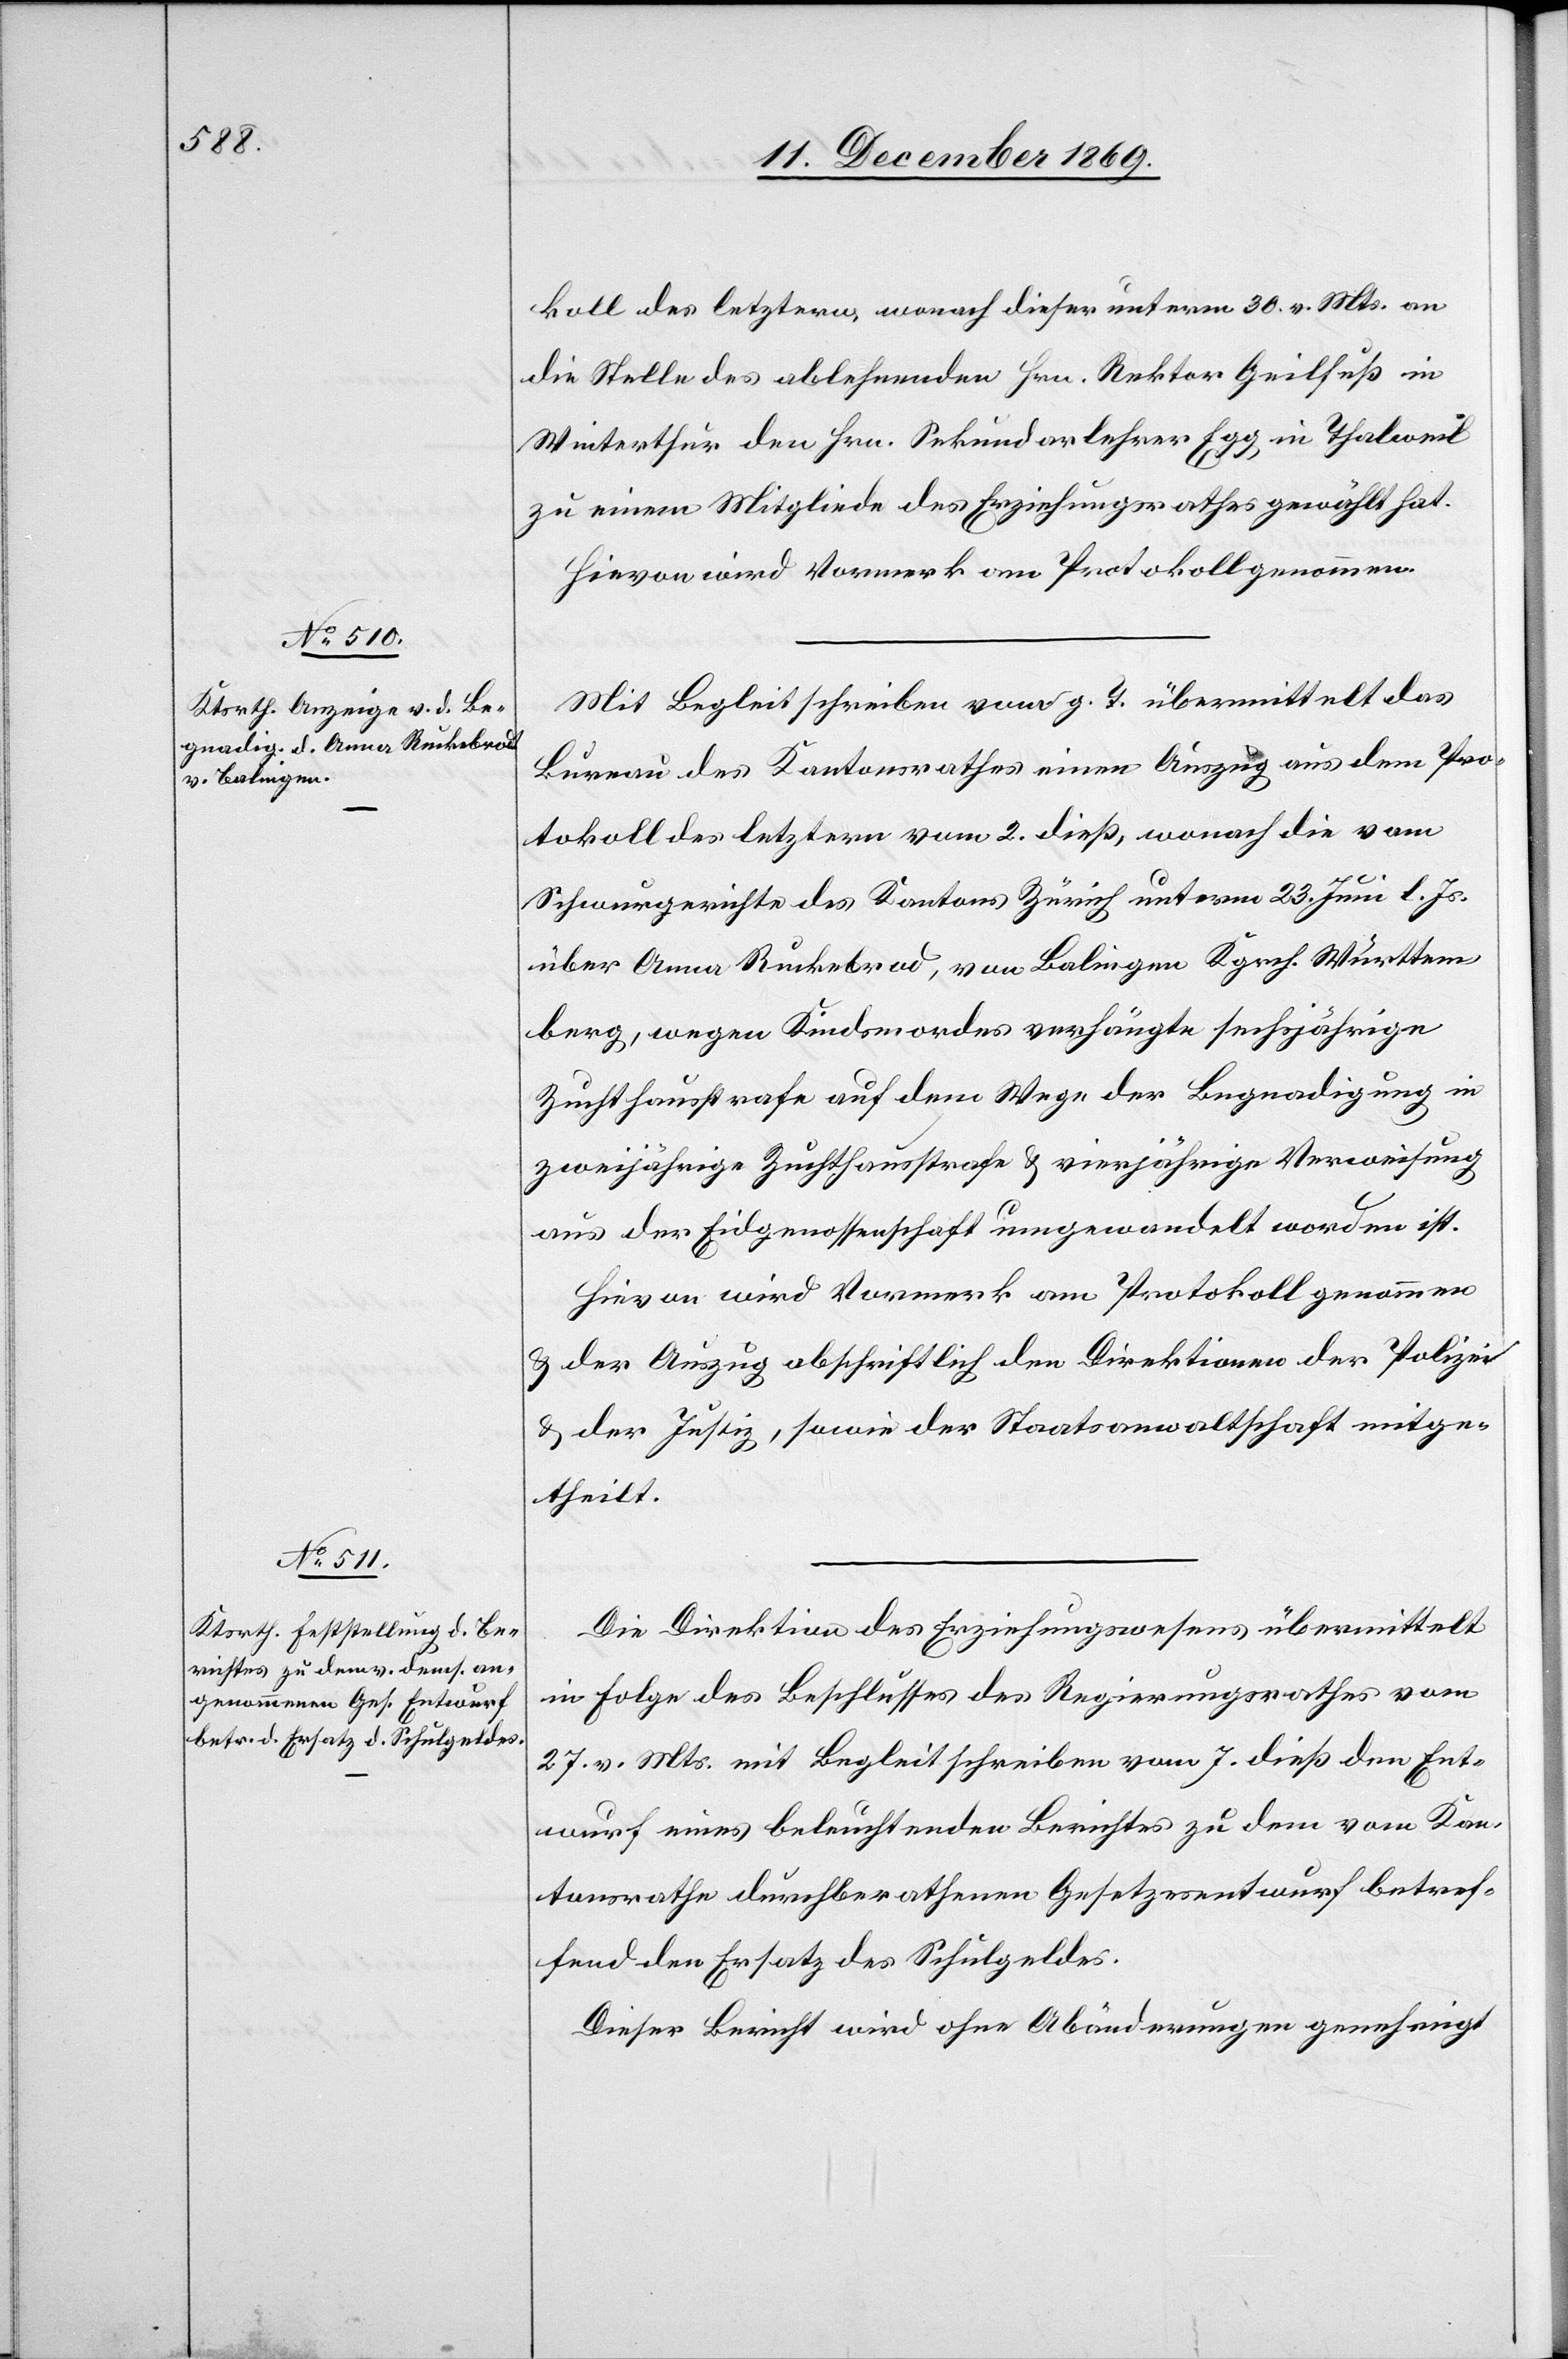
koll des letztern, wonach dieser unterm 30. v. Mts. an
die Stelle des ablehnenden Hrn. Rektor Geilfuß in
Winterthur den Hrn. Sekundarlehrer Egg in Thalweil
zu einem Mitgliede des Erziehungsrathes gewählt hat.
Hievon wird Vormerk am Protokoll genommen.
Mit Begleitschreiben vom g. T. übermittelt das
Bureau des Kantonsrathes einen Auszug aus dem Pro¬
tokoll des letztern vom 2. dieß, wonach die vom
Schwurgerichte des Kantons Zürich unterm 23. Juni l. Js.
über Anna Ruckebrod, von Balingen Kgrch. Württem¬
berg, wegen Kindsmordes verhängte sechsjährige
Zuchthausstrafe auf dem Wege der Begnadigung in
zweijährige Zuchthausstrafe & vierjährige Verweisung
aus der Eidgenossenschaft umgewandelt worden ist.
Hievon wird Vormerk am Protokoll genommen
& der Auszug abschriftlich den Direktionen der Polizei
& der Justiz, sowie der Staatsanwaltschaft mitge¬
theilt.
Die Direktion des Erziehungswesens übermittelt
in Folge des Beschlusses des Regierungsrathes vom
27. v. Mts. mit Begleitschreiben vom 7. dieß den Ent¬
wurf eines beleuchtenden Berichtes zu dem vom Kan¬
tonsrathe durchberathenen Gesetzesentwurf betref¬
fend den Ersatz des Schulgeldes.
Dieser Bericht wird ohne Abänderungen genehmigt